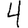
Digit: 4